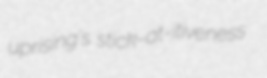
uprising's stick-at-itiveness